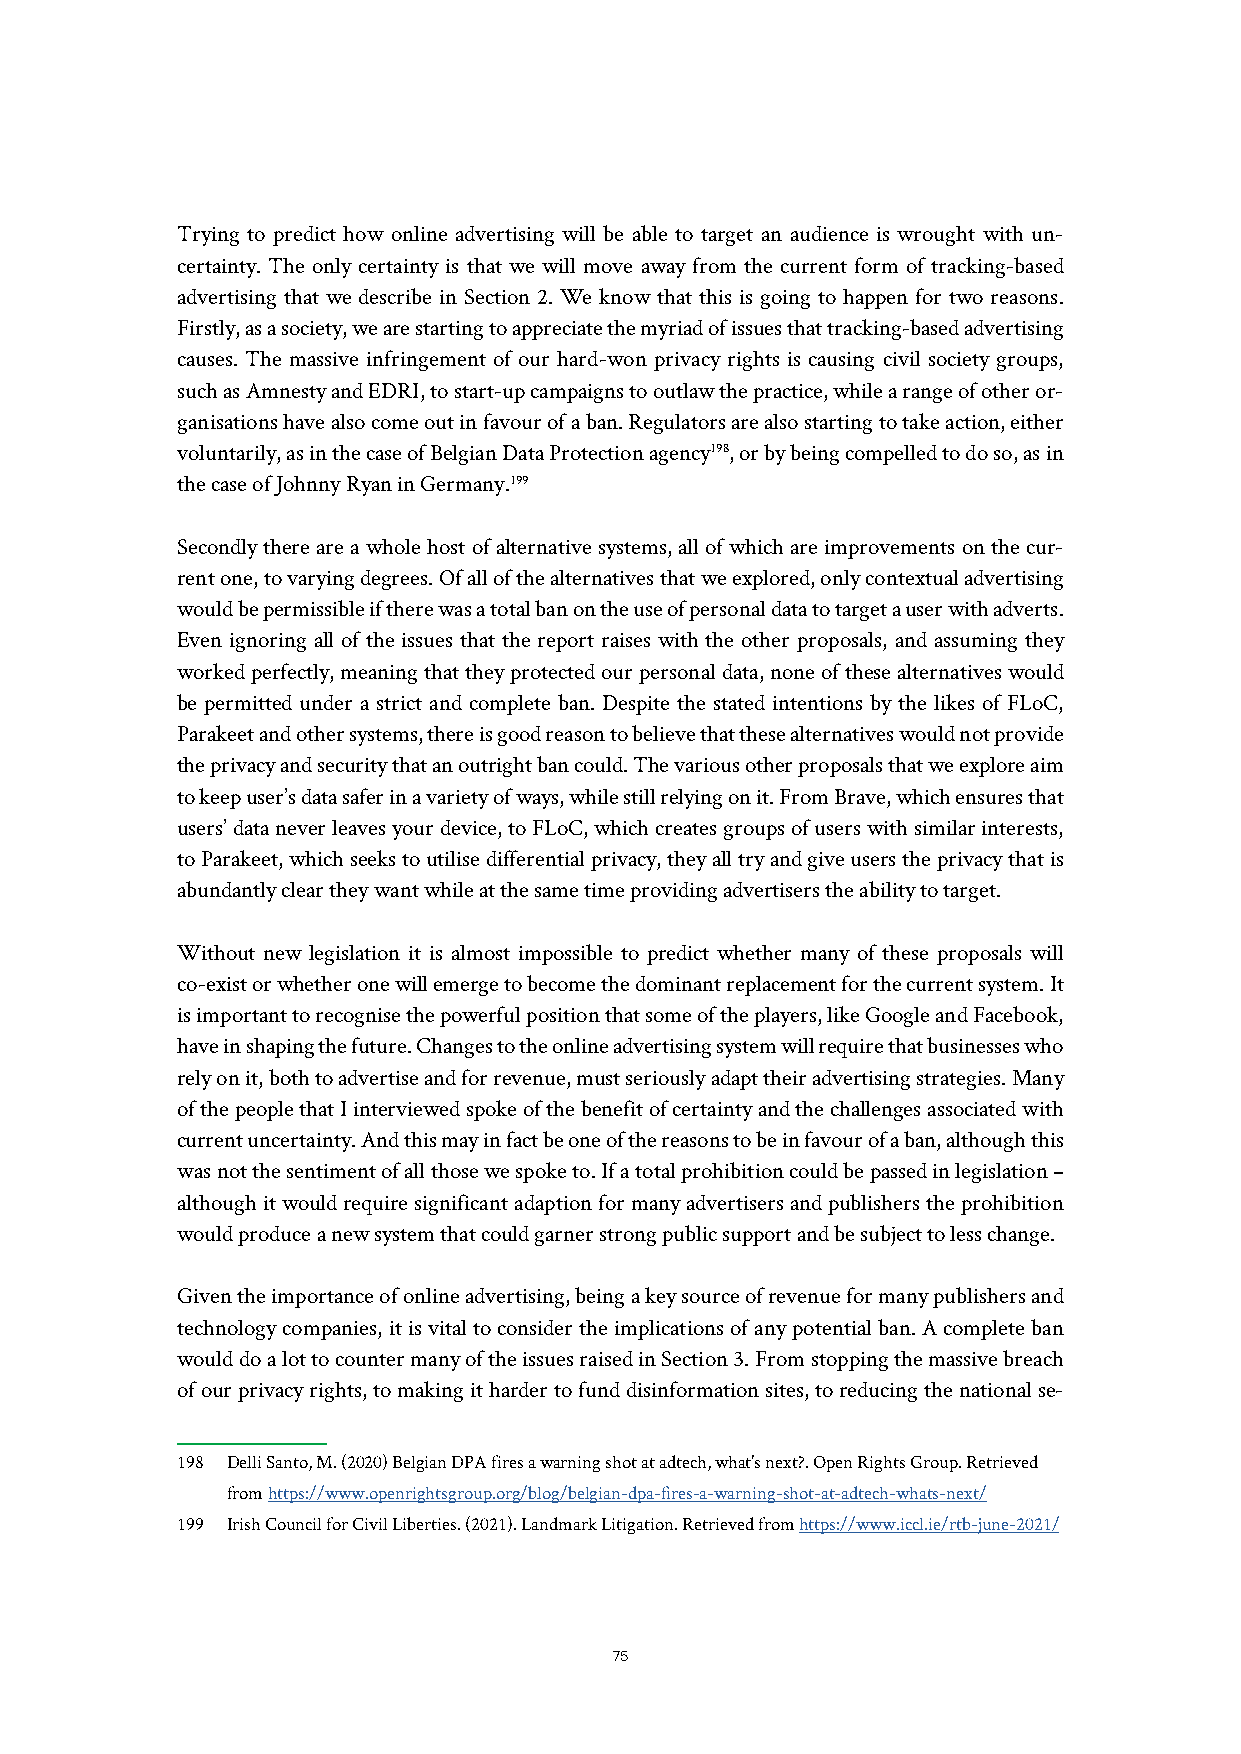
Conclusion
 Trying to predict how online advertising will be able to target an audience is wrought with un-
 certainty. The only certainty is that we will move away from the current form of tracking-based
 advertising that we describe in Section 2. We know that this is going to happen for two reasons.
 Firstly, as a society, we are starting to appreciate the myriad of issues that tracking-based advertising
 causes. The massive infringement of our hard-won privacy rights is causing civil society groups,
 such as Amnesty and EDRI, to start-up campaigns to outlaw the practice, while a range of other or-
 ganisations have also come out in favour of a ban. Regulators are also starting to take action, either
 voluntarily, as in the case of Belgian Data Protection agency198, or by being compelled to do so, as in
 the case of Johnny Ryan in Germany.199
 Secondly there are a whole host of alternative systems, all of which are improvements on the cur-
 rent one, to varying degrees. Of all of the alternatives that we explored, only contextual advertising
 would be permissible if there was a total ban on the use of personal data to target a user with adverts.
 Even ignoring all of the issues that the report raises with the other proposals, and assuming they
 worked perfectly, meaning that they protected our personal data, none of these alternatives would
 be permitted under a strict and complete ban. Despite the stated intentions by the likes of FLoC,
 Parakeet and other systems, there is good reason to believe that these alternatives would not provide
 the privacy and security that an outright ban could. The various other proposals that we explore aim
 to keep user’s data safer in a variety of ways, while still relying on it. From Brave, which ensures that
 users’ data never leaves your device, to FLoC, which creates groups of users with similar interests,
 to Parakeet, which seeks to utilise differential privacy, they all try and give users the privacy that is
 abundantly clear they want while at the same time providing advertisers the ability to target.
 Without new legislation it is almost impossible to predict whether many of these proposals will
 co-exist or whether one will emerge to become the dominant replacement for the current system. It
 is important to recognise the powerful position that some of the players, like Google and Facebook,
 have in shaping the future. Changes to the online advertising system will require that businesses who
 rely on it, both to advertise and for revenue, must seriously adapt their advertising strategies. Many
 of the people that I interviewed spoke of the benefit of certainty and the challenges associated with
 current uncertainty. And this may in fact be one of the reasons to be in favour of a ban, although this
 was not the sentiment of all those we spoke to. If a total prohibition could be passed in legislation –
 although it would require significant adaption for many advertisers and publishers the prohibition
 would produce a new system that could garner strong public support and be subject to less change.
 Given the importance of online advertising, being a key source of revenue for many publishers and
 technology companies, it is vital to consider the implications of any potential ban. A complete ban
 would do a lot to counter many of the issues raised in Section 3. From stopping the massive breach
 of our privacy rights, to making it harder to fund disinformation sites, to reducing the national se-
 198 Delli Santo, M. (2020) Belgian DPA fires a warning shot at adtech, what’s next?. Open Rights Group. Retrieved
 from https://www.openrightsgroup.org/blog/belgian-dpa-fires-a-warning-shot-at-adtech-whats-next/
 199 Irish Council for Civil Liberties. (2021). Landmark Litigation. Retrieved from https://www.iccl.ie/rtb-june-2021/
 75